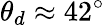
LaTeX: \theta_{d}\approx 42^{\circ}